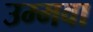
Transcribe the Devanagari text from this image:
उम्मवा